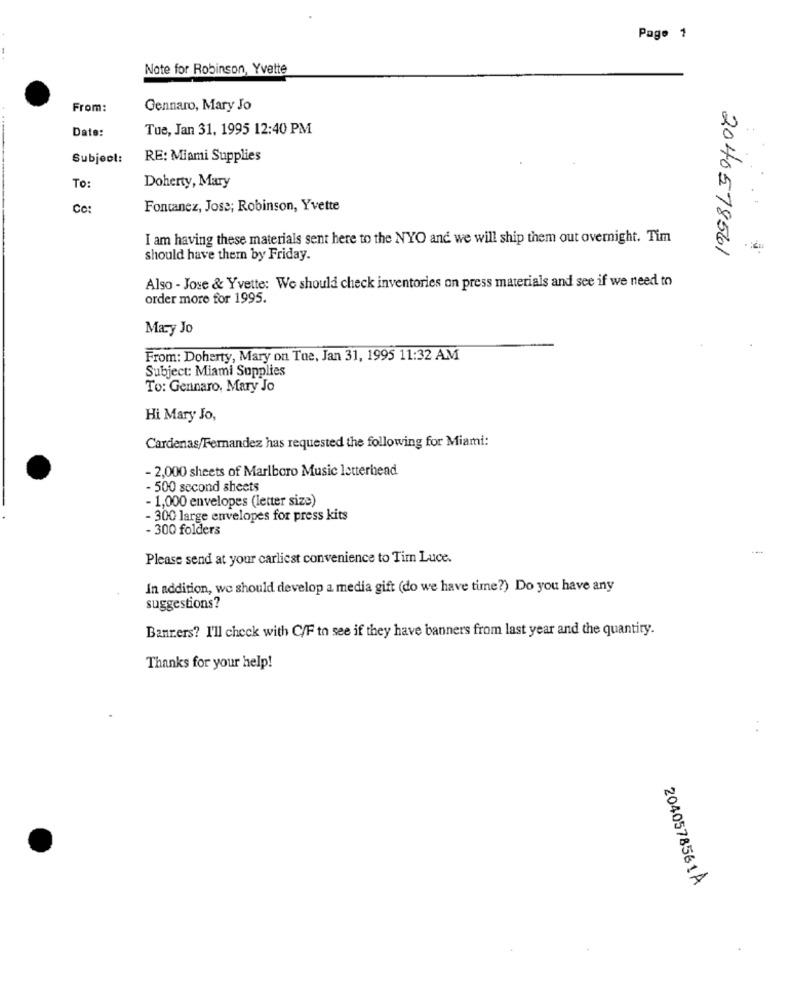
Page 1
Note for Robinson, Yvette
From:
Gennaro, Mary Jo
Date:
Tue, Jan 31, 1995 12:40 PM
Subject:
RE: Miami Supplies
To:
Doherty, Mary
Cc:
Fontanez, Jose; Robinson, Yvette
I am having these materials sent here to the NYO and we will ship them out overnight. Tim
2040578561
should have them by Friday.
Also - Jose & Yvette: We should check inventories on press materials and see if we need to
order more for 1995.
Mary Jo
From: Doherty, Mary on Tue, Jan 31, 1995 11:32 AM
Subject: Miami Supplies
To: Gennaro. Mary Jo
Hi Mary Jo,
Cardenas/Fernandez has requested the following for Miami:
- 2,000 sheets of Marlboro Music letterhead
- 500 second sheets
- 1,000 envelopes (letter size)
- 300 large envelopes for press kits
- 300 folders
Please send at your carliest convenience to Tim Luce.
In addition, we should develop a media gift (do we have time?) Do you have any
suggestions?
Banners? I'll check with C/F to see if they have banners from last year and the quantity.
Thanks for your help!
. .
2040578561 A